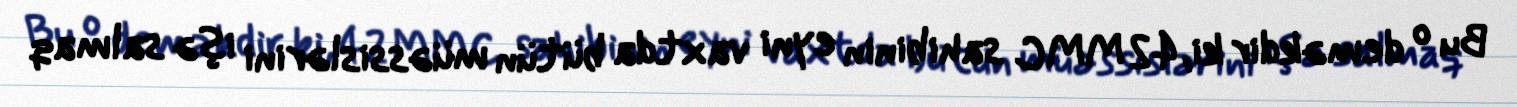
Bu o deməkdir ki, 42 MMC sahibinin eyni vaxtda bütün müəssislərini işə salmaq